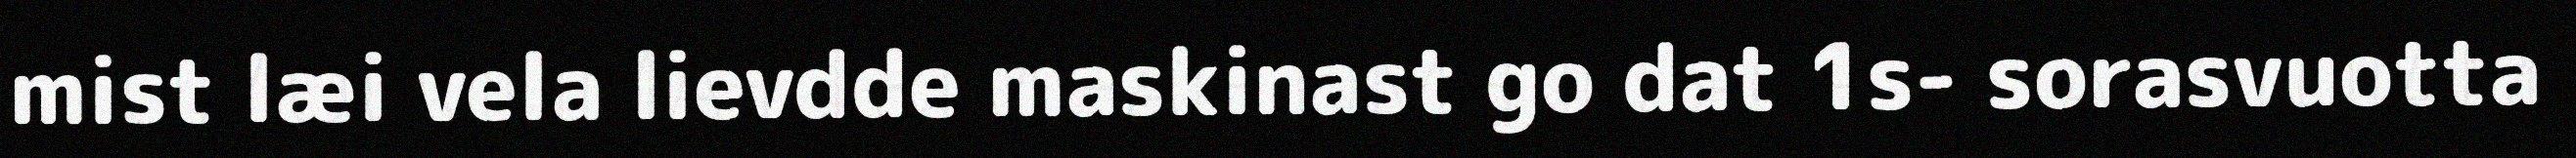
mist læi vela lievdde maskinast go dat 1s- sorasvuotta